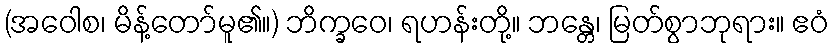
(အဝေါစ၊ မိန့်တော်မူ၏။) ဘိက္ခဝေ၊ ရဟန်းတို့။ ဘန္တေ၊ မြတ်စွာဘုရား။ ဧဝံ